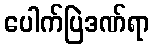
ပေါက်ပြဲဒဏ်ရာ